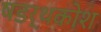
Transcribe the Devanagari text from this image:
षडर्थकोश